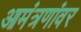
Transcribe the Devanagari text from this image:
आमंत्रणांवर